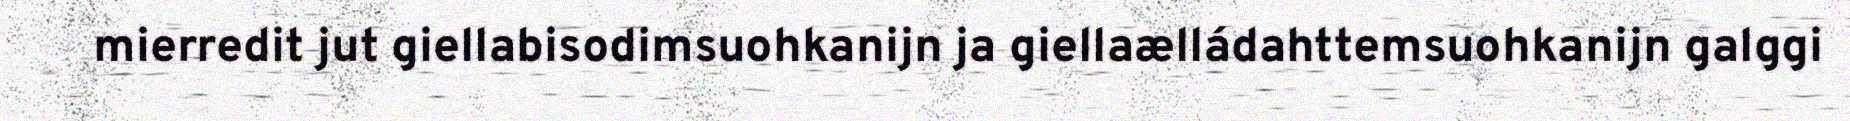
mierredit jut giellabisodimsuohkanijn ja giellaælládahttemsuohkanijn galggi